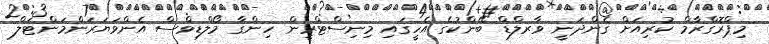
މިޕްރޮގްރާމް ކުރިއަށް ގެންދަނީ ވާރލްޑް ބޭންކުގެ އެހީގައި މިނިސްޓްރީން ހިންގާ މޯލްޑިވްސް އެންވަޔަރަންމަންޓަލް